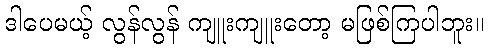
ဒါပေမယ့် လွန်လွန် ကျူးကျူးတော့ မဖြစ်ကြပါဘူး။